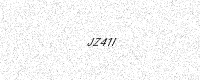
Text: JZ41I